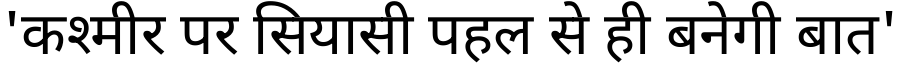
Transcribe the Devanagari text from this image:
'कश्मीर पर सियासी पहल से ही बनेगी बात'